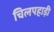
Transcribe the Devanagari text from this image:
चिलपहाड़ी